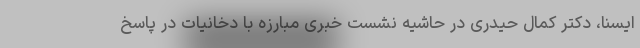
ایسنا، دکتر کمال حیدری در حاشیه نشست خبری مبارزه با دخانیات در پاسخ